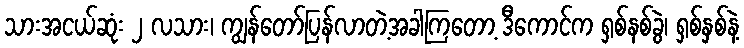
သားအငယ်ဆုံး ၂ လသား၊ ကျွန်တော်ပြန်လာတဲ့အခါကြတော့ ဒီကောင်က ရှစ်နစ်ခွဲ၊ ရှစ်နှစ်နဲ့